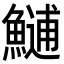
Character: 𩺼